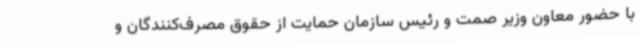
با حضور معاون وزیر صمت و رئیس سازمان حمایت از حقوق مصرف‌کنندگان و